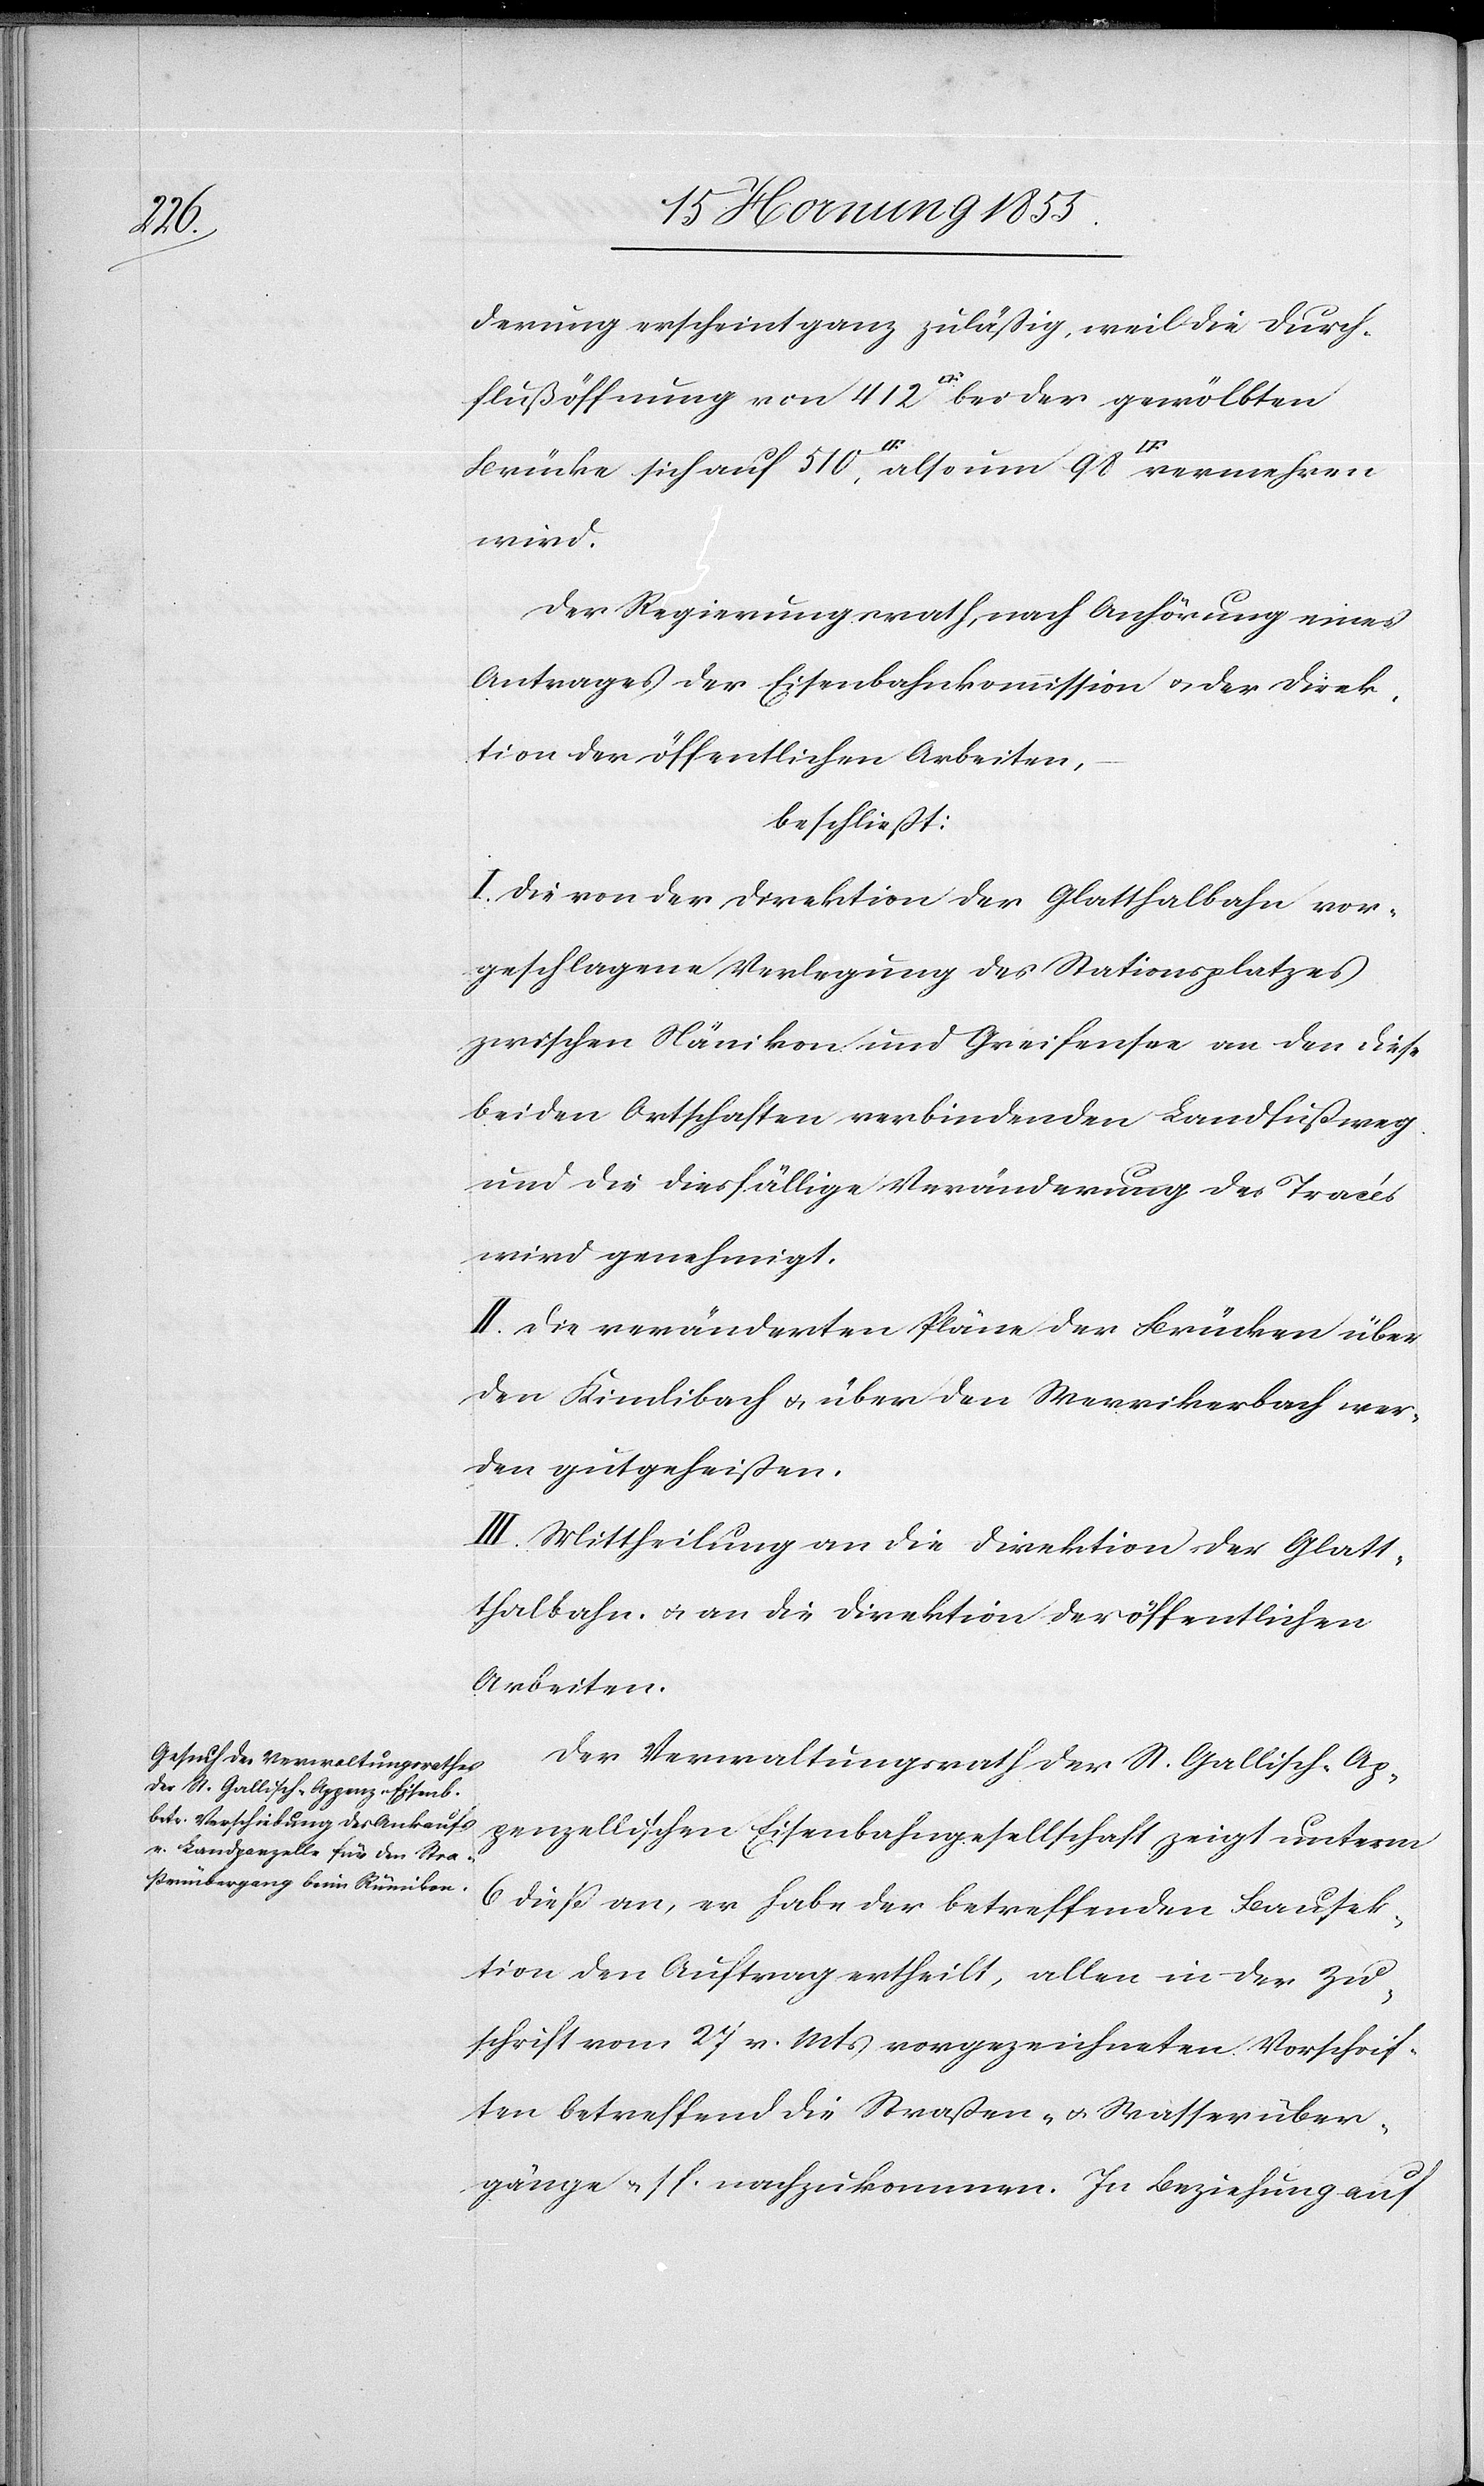
derung erscheint ganz zuläßig, weil die Durch¬
flußöffnung von 412 [Quadratfuß] bei der gewölbten
wird.
Der Regierungsrath, nach Anhörung eines
Antrages der Eisenbahnkommission & der Direk¬
tion der öffentlichen Arbeiten,
beschließt:
I. Die von der Direktion der Glatthalbahn vor¬
geschlagene Verlegung des Stationsplatzes
zwischen Nänikon und Greifensee an den diese
beiden Ortschaften verbindenden Landfußweg
und die diesfällige Veränderung des Tracés
wird genehmigt.
II. Die veränderten Pläne der Brücken über
den Kimlibach & über den Werrikerbach wer¬
den gutgeheißen.
III. Mittheilung an die Direktion der Glatt¬
thalbahn & an die Direktion der öffentlichen
Arbeiten.
Der Verwaltungsrath der St. Gallisch-Ap¬
penzellischen Eisenbahngesellschaft zeigt unterm
6 dieß an, er habe der betreffenden Bausek¬
tion den Auftrag ertheilt, allen in der Zu¬
schrift vom 27 v. Mts vorgezeichneten Vorschrif¬
ten betreffend die Straßen- & Wasserüber¬
gänge & s. f. nachzukommen. In Beziehung auf